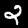
Label: 2